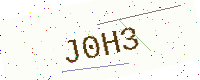
Text: J0H3